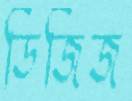
ডিজিজ